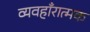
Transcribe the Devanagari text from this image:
व्यवहाँरात्मक